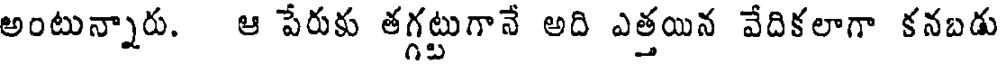
అంటున్నారు. ఆ పేరుకు తగ్గట్టుగానే అది ఎత్తయిన వేదికలాగా కనబడు